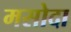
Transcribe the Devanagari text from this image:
मसोदा